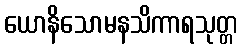
ယောနိသောမနသိကာရသုတ္တ